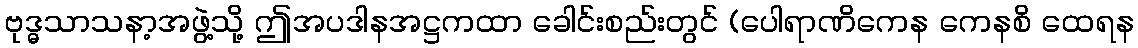
ဗုဒ္ဓသာသနာ့အဖွဲ့သို့ ဤအပဒါနအဋ္ဌကထာ ခေါင်းစည်းတွင် (ပေါရာဏိကေန ကေနစိ ထေရန